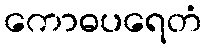
ကောဓပရေတံ